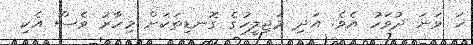
ހަ ވަނަ ދުވަހު އެވެ. އަދި މަޖިލީހުގެ ގޮނޑިތަކަށް މިހާރު ވެސް އެކި